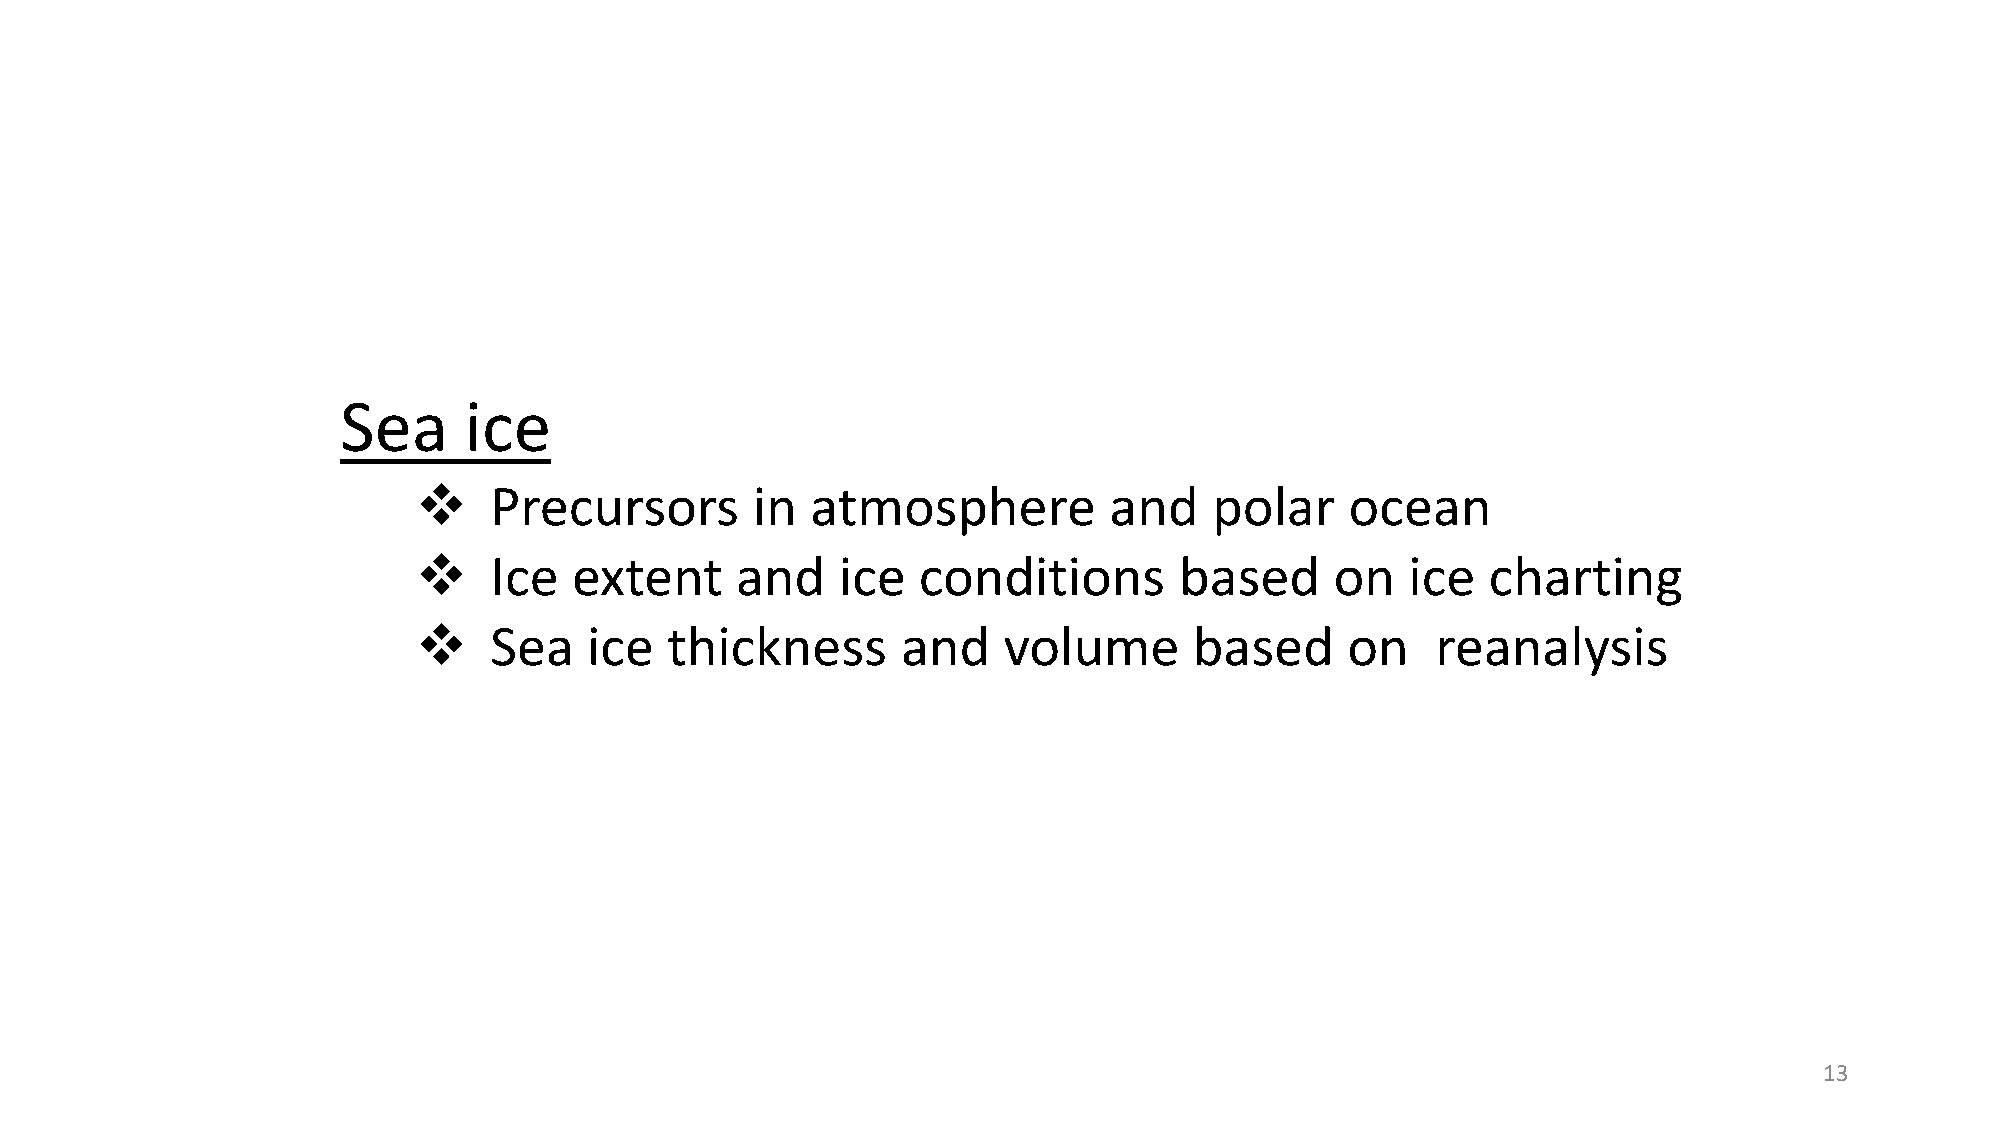
Sea     ice
 ❖    Precursors        in  atmosphere         and    polar    ocean
 ❖    Ice   extent     and    ice  conditions       based     on   ice   charting
 ❖    Sea    ice  thickness       and   volume       based     on    reanalysis
 13